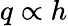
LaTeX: q\propto h